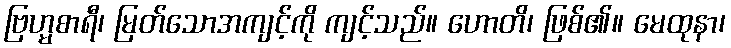
ဗြဟ္မစာရီ၊ မြတ်သောအကျင့်ကို ကျင့်သည်။ ဟောတိ၊ ဖြစ်၏။ မေထုနာ၊